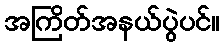
အကြိတ်အနယ်ပွဲပင်။